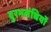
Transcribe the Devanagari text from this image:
दुरभसंधियों